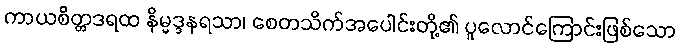
ကာယစိတ္တဒရထ နိမ္မဒ္ဒနရသာ၊ စေတသိက်အပေါင်းတို့၏ ပူလောင်ကြောင်းဖြစ်သော